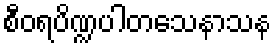
စီဝရပိဏ္ဍပါတသေနာသန